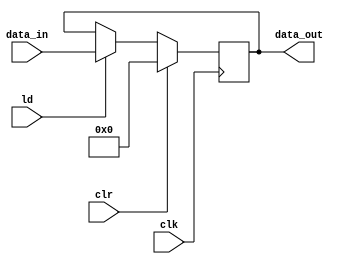
`timescale 1ns / 1ps
`default_nettype none

//////////////////////////////////////////////////////////////////////////////////
// Company:   Ratner Surf Designs
// 
// Design Name: 
// Module Name: reg_nb_sclr
// Project Name: 
// Target Devices: 
// Tool Versions: 
// Description: Model for generic loadable register (defaults to 8 bits)
//                with synchronous positive logic clear 
//
//      //- Usage example for instantiating 16-bit register
//      reg_nb_sclr #(.n(16)) MY_REG (
//          .data_in  (xxxx), 
//          .ld       (xxxx), 
//          .clk      (xxxx), 
//          .clr      (xxxx), 
//          .data_out (xxxx)
//          );  
//
// Dependencies: 
// 
// Revision:
// Revision 1.00 - (09-02-2020) File Created
//          1.01 - (12-08-2020) changed position of parameter declaration
//   
// Additional Comments:
// 
//////////////////////////////////////////////////////////////////////////////////

module reg_A #(parameter n=8) (
    input wire [n-1:0] data_in,
    input wire clk, 
	input wire clr, 
	input wire ld, 
    output reg [n-1:0] data_out  ); 


    always @(posedge clk)
    begin 
       if (clr == 1'b1)       // asynch clr
          data_out <= 0;
       else if (ld == 1'b1)   // synch load
          data_out <= data_in; 
    end
    
endmodule

`default_nettype wire